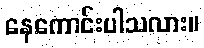
နေကောင်းပါသလား။